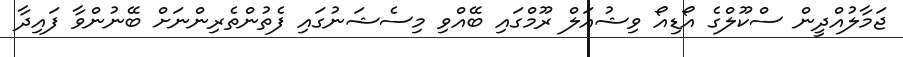
ޖަމާލުއްދީން ސްކޫލްގެ އޯޑިއޯ ވިޝުއަލް ރޫމްގައި ބޭއްވި މިސެޝަނުގައި ފެތުންތެރިންނަށް ބޭނުންވާ ފައިދާ